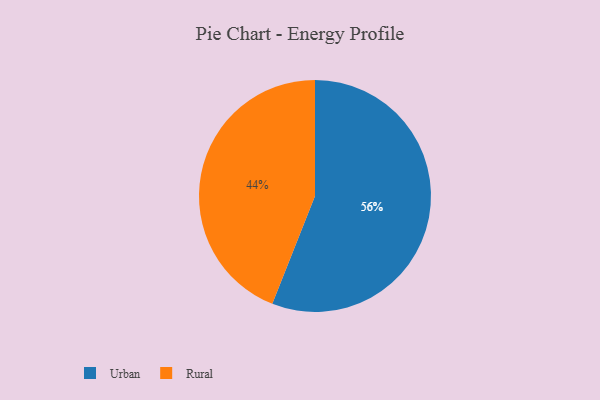
{"axis": {"x": "Category", "y": "Percentage"}, "legend": ["Rural", "Urban"], "data": [{"x": "Rural", "y": 44, "type": "Rural"}, {"x": "Urban", "y": 56, "type": "Urban"}]}